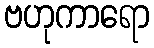
ဗဟုကာရော